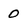
Character: 0